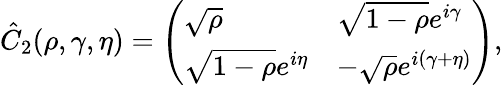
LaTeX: \hat{C}_{2}(\rho,\gamma,\eta)=\left(\begin{array}{ll}{\sqrt{\rho}}&{\sqrt{1-\rho}e^{i\gamma}}\\ {\sqrt{1-\rho}e^{i\eta}}&{-\sqrt{\rho}e^{i(\gamma+\eta)}}\end{array}\right),